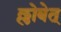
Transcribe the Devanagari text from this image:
ल्लोबेत्